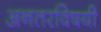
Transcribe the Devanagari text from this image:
अनतरविषयी